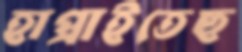
হাপ্‌রাইতেছ